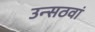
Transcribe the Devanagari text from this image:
उन्सठवां